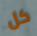
كل